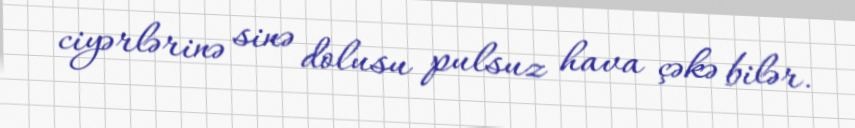
ciyərlərinə sinə dolusu pulsuz hava çəkə bilər.